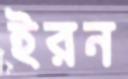
ইরন